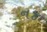
ન૪